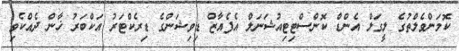
ކޮމަންވެލްތުގެ ލީގަލް އެންޑް ކޮންސްޓިޓިއުޝަނަލް އެފެއާޒް ޑިވިޝަންގެ ޑިރެކްޓަރު އަކްބަރު ޚާން ދެއްކެވި